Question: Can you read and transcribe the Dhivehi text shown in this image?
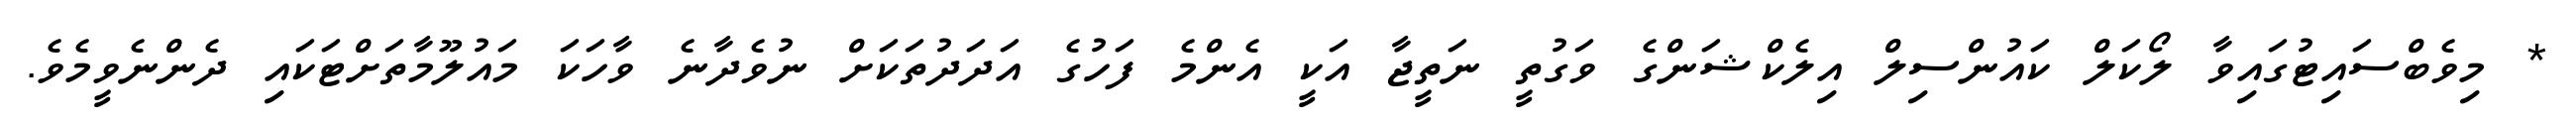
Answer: * މިވެބްސައިޓުގައިވާ ލޯކަލް ކައުންސިލް އިލެކްޝަންގެ ވަގުތީ ނަތީޖާ އަކީ އެންމެ ފަހުގެ އަދަދުތަކަށް ނުވެދާނެ ވާހަކަ މައުލޫމާތަށްޓަކައި ދެންނެވީމެވެ.